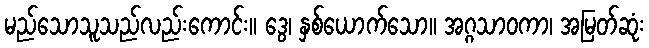
မည်သောသူသည်လည်းကောင်း။ ဒွေ၊ နှစ်ယောက်သော။ အဂ္ဂသာဝကာ၊ အမြတ်ဆုံး